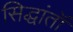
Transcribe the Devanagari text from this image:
सिद्धांतॉ